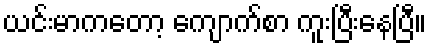
ယင်းမာကတော့ ကျောက်စာ ကူးပြီးနေပြီ။